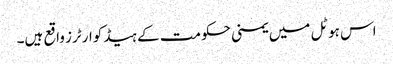
اس ہوٹل میں یمنی حکومت کے ہیڈکوارٹرز واقع ہیں۔